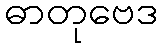
ဓာတုဗေဒ